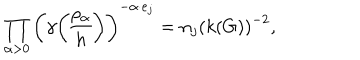
\prod _ { \alpha > 0 } \left( \gamma { \rho _ { \alpha } \overwithdelims ( ) h } \right) ^ { - \alpha \cdot e _ { j } } = n _ { j } \left( k ( G ) \right) ^ { - 2 } ,